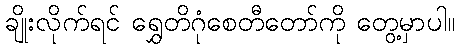
ချိုးလိုက်ရင် ရွှေတိဂုံစေတီတော်ကို တွေ့မှာပါ။